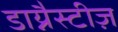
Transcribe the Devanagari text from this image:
डाय्नैस्टीज़